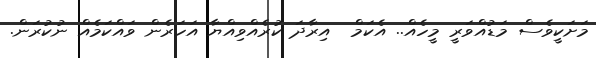
މަށަކީވެސް މަޑުއްވަރީ މީހެއް.. އެކަމް  އިރާދަ ކުރެއްވިއްޔާ އަހަރެން ވައްކަމެއް ނުކުރަން.